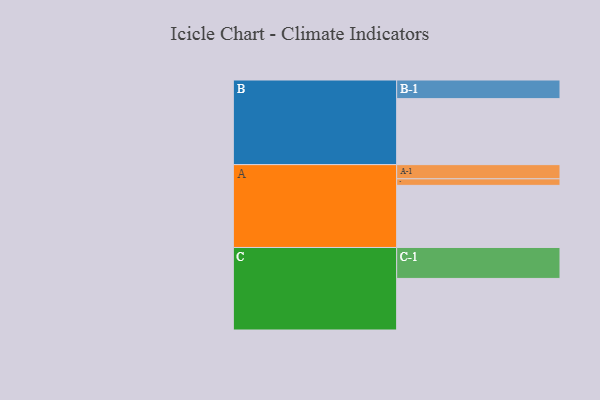
{"axis": {"x": "Segment", "y": "Value"}, "legend": ["", "A", "B", "C"], "data": [{"x": "A", "y": 560, "type": ""}, {"x": "B", "y": 595, "type": ""}, {"x": "C", "y": 465, "type": ""}, {"x": "A-1", "y": 128, "type": "A"}, {"x": "A-2", "y": 59, "type": "A"}, {"x": "B-1", "y": 168, "type": "B"}, {"x": "C-1", "y": 279, "type": "C"}]}